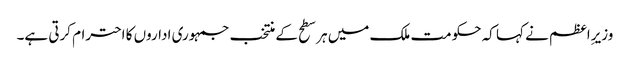
وزیرِاعظم نے کہا کہ حکومت ملک میں ہر سطح کے منتخب جمہوری اداروں کا احترام کرتی ہے۔